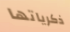
ذكرياتها